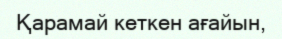
Қарамай кеткен ағайын,